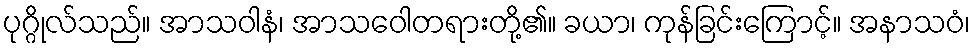
ပုဂ္ဂိုလ်သည်။ အာသဝါနံ၊ အာသဝေါတရားတို့၏။ ခယာ၊ ကုန်ခြင်းကြောင့်။ အနာသဝံ၊